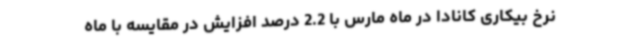
نرخ بیکاری کانادا در ماه مارس با 2.2 درصد افزایش در مقایسه با ماه